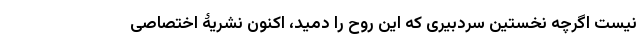
نیست اگرچه نخستین سردبیری که این روح را دمید، اکنون نشریۀ اختصاصی